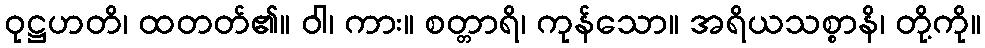
ဝုဋ္ဌဟတိ၊ ထတတ်၏။ ဝါ၊ ကား။ စတ္တာရိ၊ ကုန်သော။ အရိယသစ္စာနိ၊ တို့ကို။